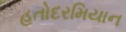
હતોદરમિયાન